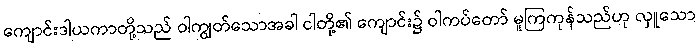
ကျောင်းဒါယကာတို့သည် ဝါကျွတ်သောအခါ ငါတို့၏ ကျောင်း၌ ဝါကပ်တော် မူကြကုန်သည်ဟု လှူသော